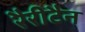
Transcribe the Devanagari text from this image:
रैरीटैन